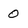
Character: 0